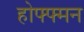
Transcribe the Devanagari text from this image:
होफ्फ्मन